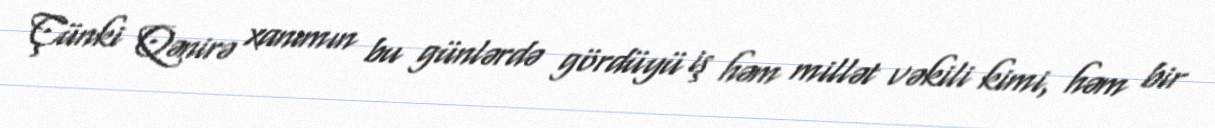
Çünki Qənirə xanımın bu günlərdə gördüyü iş həm millət vəkili kimi, həm bir